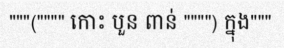
"""("""" កោះ បួន ពាន់ """") ក្នុង"""